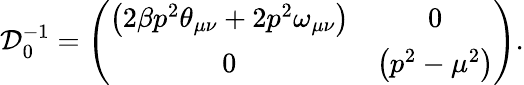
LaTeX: {\cal D}_{0}^{-1}=\left(\begin{array}{cc}{{\left(2\beta p^{2}\theta_{\mu\nu}+2p^{2}\omega_{\mu\nu}\right)}}&{{0}}\\ {{0}}&{{\left(p^{2}-\mu^{2}\right)}}\end{array}\right)\mathrm{{.}}